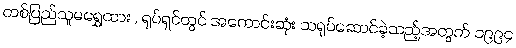
တစ်ပြည်သူမရွှေထား , ရုပ်ရှင်တွင် အကောင်းဆုံး သရုပ်ဆောင်ခဲ့သည့်အတွက် ၁၉၉၄